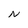
Character: N